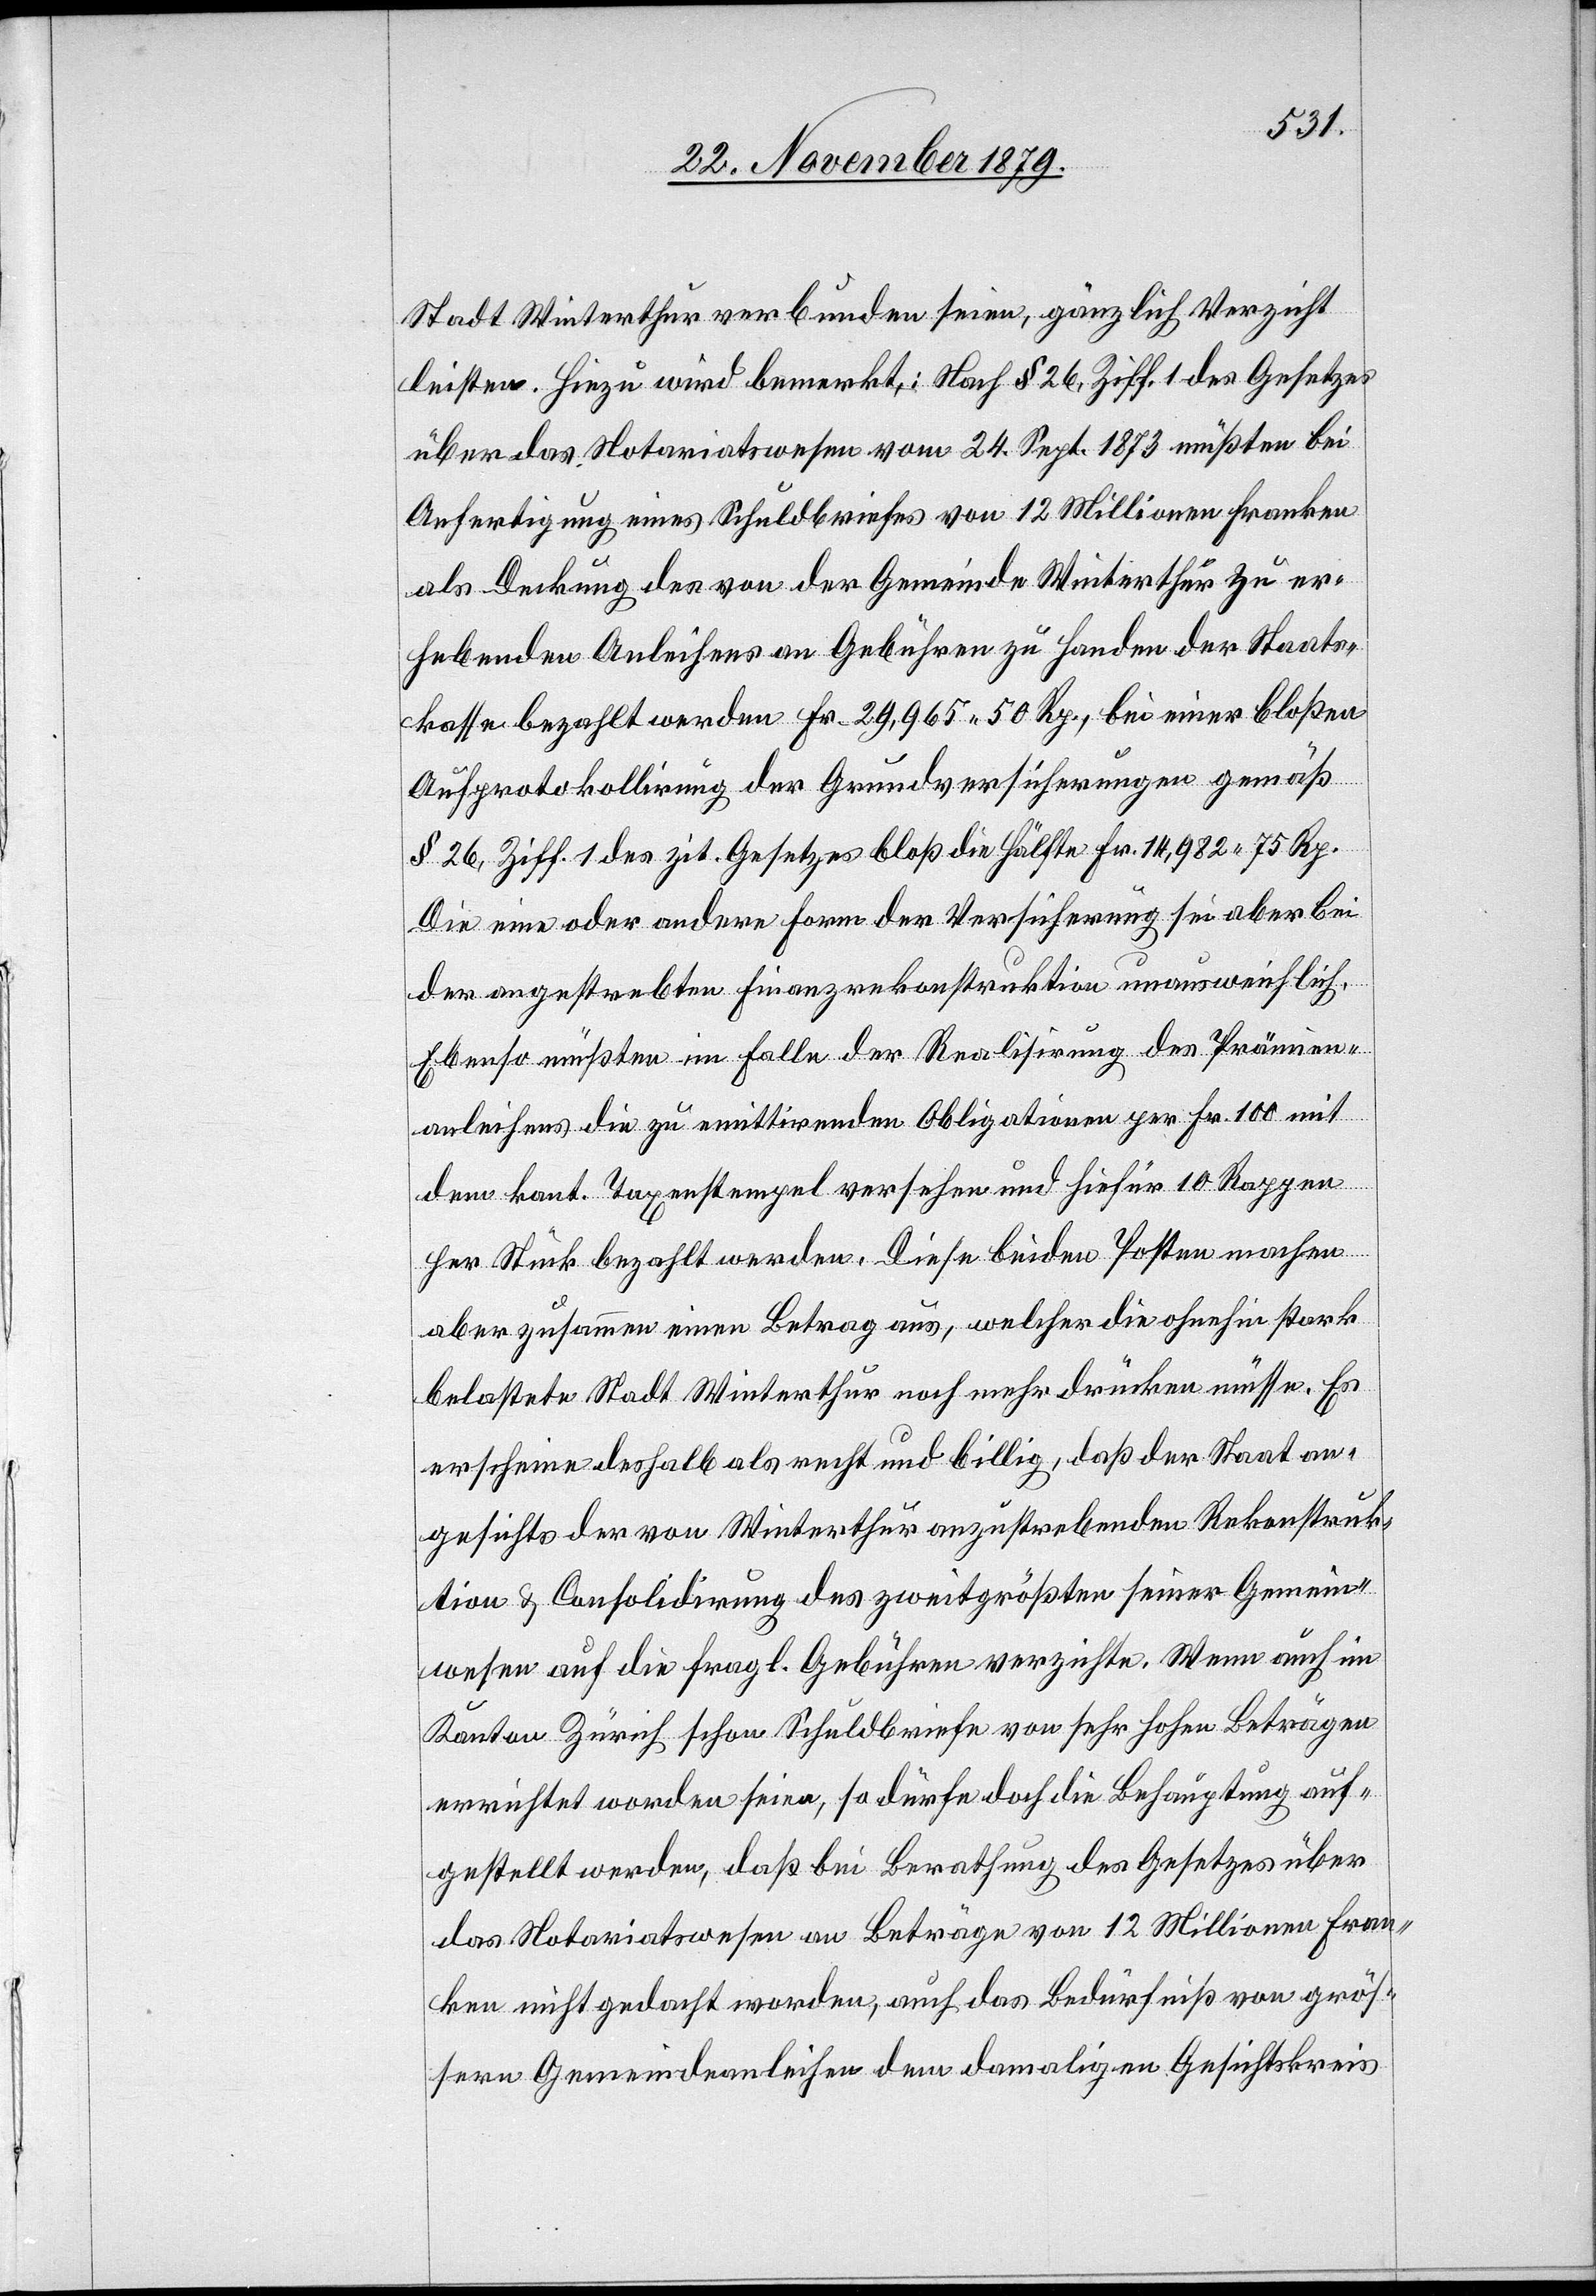
Stadt Winterthur verbunden seien, gänzlich Verzicht
leisten. Hiezu wird bemerkt: Nach § 26, Ziff. 1 des Gesetzes
über das Notariatswesen vom 24. Sept. 1873 müßten bei
Anfertigung eines Schuldbeweises von 12 Millionen Franken
als Deckung des von der Gemeinde Winterthur zu er¬
hebenden Anleihens an Gebühren zu Handen der Staats¬
kasse bezahlt werden Fr. 29,965 50 Rp., bei einer bloßen
Aufprotokollierung der Grundversicherungen gemäß
§ 26, Ziff. 1 des zit. Gesetzes bloß die Hälfte Fr. 14,982 75 Rp.
Die eine oder andere Form der Versicherung sei aber bei
der angestrebten Finanzrekonstruktion unausweichlich.
Ebenso müßten im Falle der Realisirung des Prämien¬
anleihens die zu emittirenden Obligationen per Fr. 100 mit
dem kant. Taxenstempel versehen und hiefür 10 Rappen
per Stück bezahlt werden. Diese beiden Posten machen
aber zusammen einen Betrag aus, welcher die ohnehin stark
belastete Stadt Winterthur noch mehr drücken müsse. Es
erscheine deshalb als recht und billig, daß der Staat an¬
gesichts der von Winterthur anzustrebenden Rekonstruk¬
tion & Consolidirung des zweitgrößten seiner Gemein¬
wesen auf die fragl. Gebühren verzichte. Wenn auch im
Kanton Zürich schon Schuldbriefe von sehr hohen Beträgen
errichtet worden seien, so dürfe doch die Behauptung auf¬
gestellt werden, daß bei Berathung des Gesetzes über
das Notariatswesen an Beträge von 12 Millionen Fran¬
ken nicht gedacht worden, auch das Bedürfnis von grös¬
sern Gemeindeanleihen dem damaligen Gesichtskreis